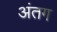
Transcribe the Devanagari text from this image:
अंतग